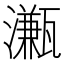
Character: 𤁦